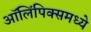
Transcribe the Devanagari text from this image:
ऑलिंपिक्समध्ये